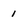
Character: 1